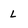
Character: l